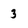
Character: 3